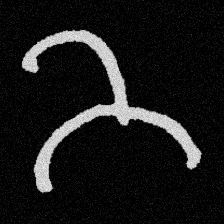
Pyu character \u2014 Myanmar letter: ဘ (romanized: bha)